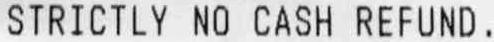
STRICTLY NO CASH REFUND.